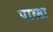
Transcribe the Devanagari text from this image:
पारसा